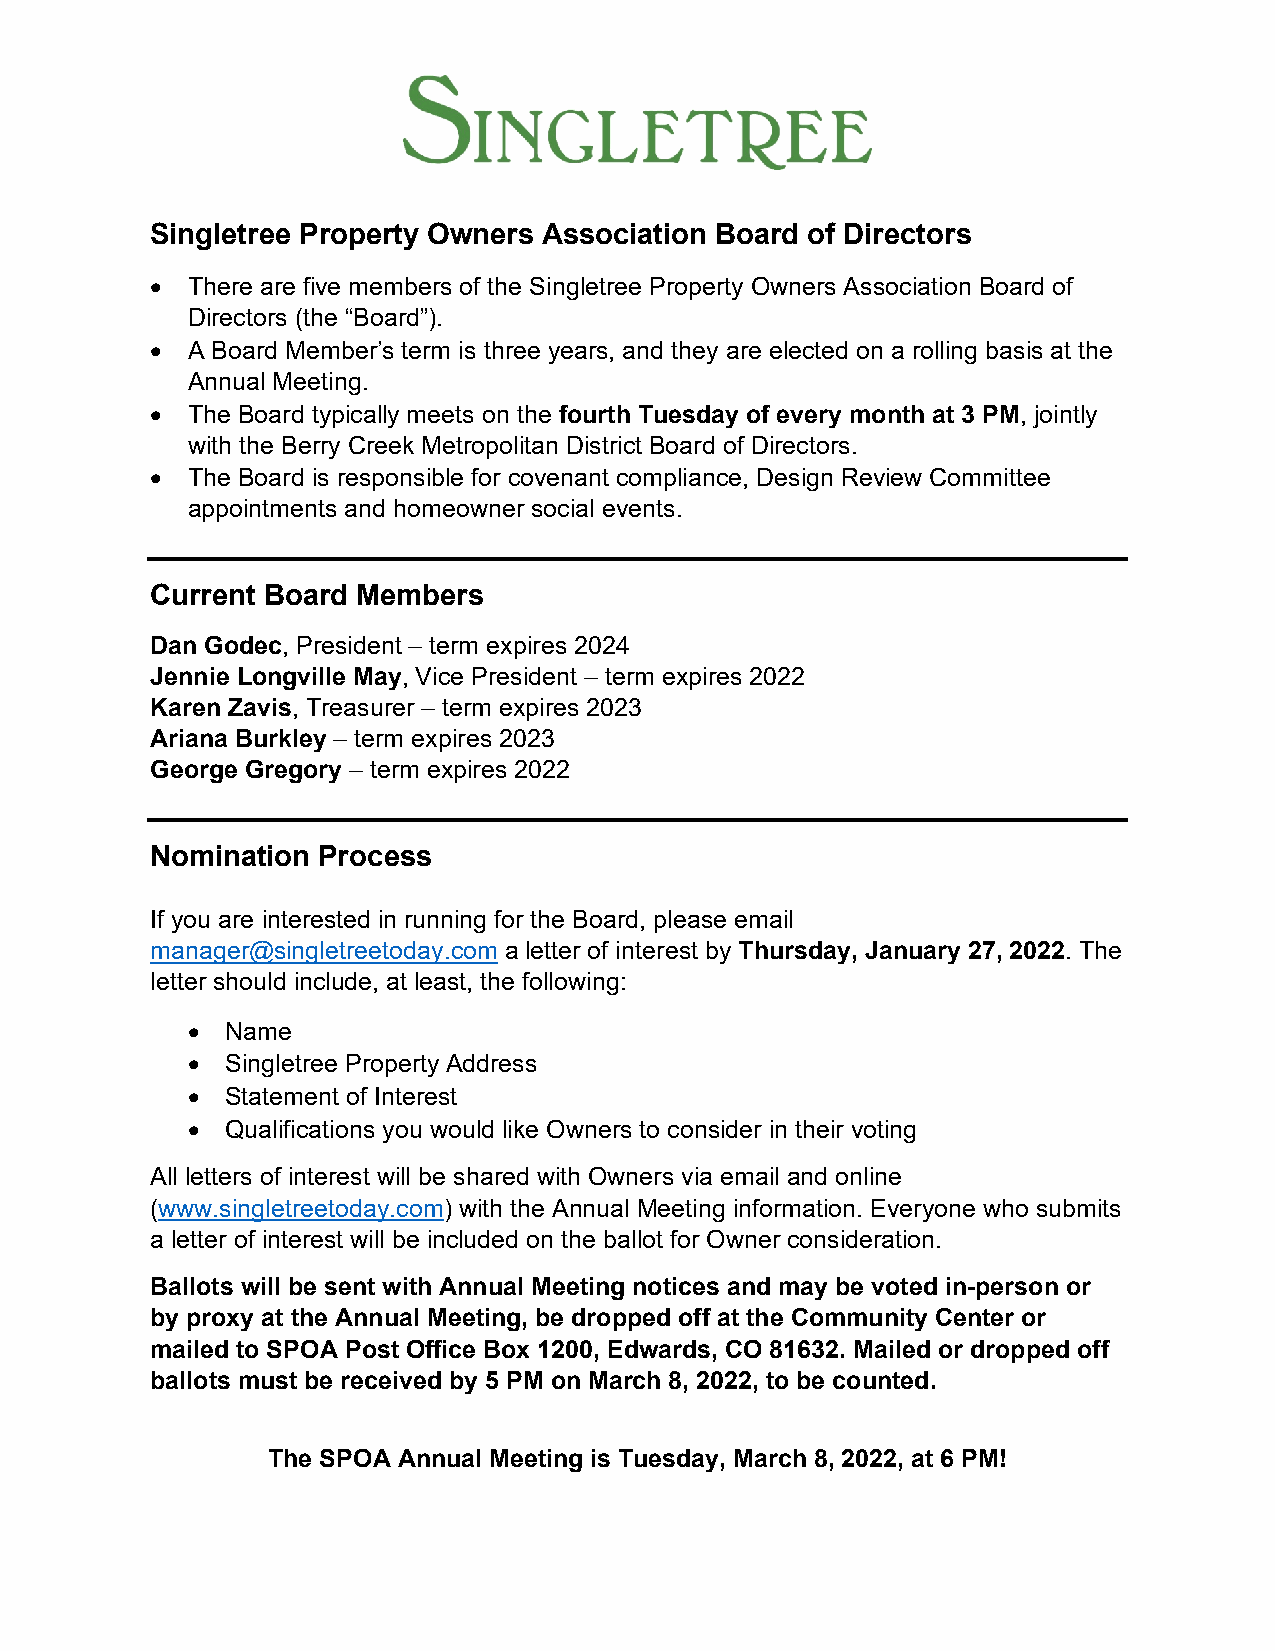
Singletree Property Owners Association Board of Directors
 • There are five members of the Singletree Property Owners Association Board of
 Directors (the “Board”).
 • A Board Member’s term is three years, and they are elected on a rolling basis at the
 Annual Meeting.
 • The Board typically meets on the fourth Tuesday of every month at 3 PM, jointly
 with the Berry Creek Metropolitan District Board of Directors.
 • The Board is responsible for covenant compliance, Design Review Committee
 appointments and homeowner social events.
 Current Board Members
 Dan Godec, President – term expires 2024
 Jennie Longville May, Vice President – term expires 2022
 Karen Zavis, Treasurer – term expires 2023
 Ariana Burkley – term expires 2023
 George Gregory – term expires 2022
 Nomination Process
 If you are interested in running for the Board, please email
 manager@singletreetoday.com a letter of interest by Thursday, January 27, 2022. The
 letter should include, at least, the following:
 •  Name
 •  Singletree Property Address
 •  Statement of Interest
 •  Qualifications you would like Owners to consider in their voting
 All letters of interest will be shared with Owners via email and online
 (www.singletreetoday.com) with the Annual Meeting information. Everyone who submits
 a letter of interest will be included on the ballot for Owner consideration.
 Ballots will be sent with Annual Meeting notices and may be voted in-person or
 by proxy at the Annual Meeting, be dropped off at the Community Center or
 mailed to SPOA Post Office Box 1200, Edwards, CO 81632. Mailed or dropped off
 ballots must be received by 5 PM on March 8, 2022, to be counted.
 The SPOA Annual Meeting is Tuesday, March 8, 2022, at 6 PM!